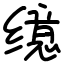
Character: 𫄷